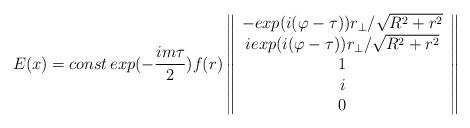
LaTeX: \begin{align*}E(x)=const\,exp(-\frac{im\tau}{2})f(r)\left\|\begin{array}{c}-exp(i(\varphi-\tau))r_{\bot}/\sqrt{R^2+r^2}\\iexp(i(\varphi-\tau))r_{\bot}/\sqrt{R^2+r^2}\\1\\i\\0\end{array}\right\|\end{align*}